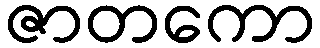
ဇာတကော